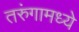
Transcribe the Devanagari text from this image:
तरुंगामध्ये